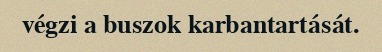
végzi a buszok karbantartását.